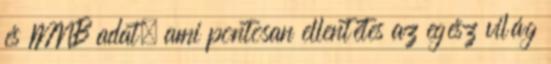
és MNB adat, ami pontosan ellentétes az egész világ